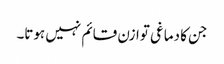
جن کا دماغی توازن قائم نہیں ہوتا۔